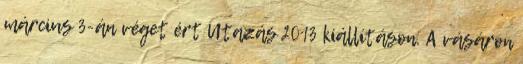
március 3-án véget ért Utazás 2013 kiállításon. A vásáron